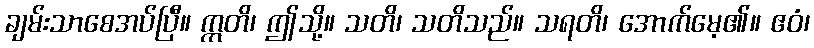
ချမ်းသာစေအပ်ပြီ။ ဣတိ၊ ဤသို့။ သတိ၊ သတိသည်။ သရတိ၊ အောက်မေ့၏။ ဧဝံ၊